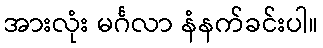
အားလုံး မင်္ဂလာ နံနက်ခင်းပါ။